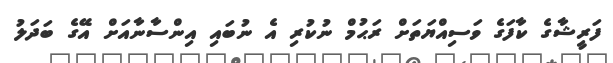
ފަރީޝާގެ ކާފަގެ ވަސިއްޔަތަށް ރަޙުމް ނުކުރި އެ ނުބައި އިންސާނާއަށް އޭގެ ބަދަލު